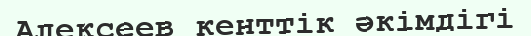
Алексеев кенттік әкімдігі